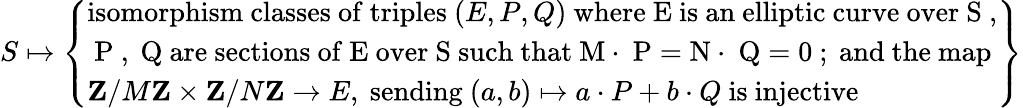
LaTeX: S\mapsto\left\{ \begin{array}{ll}{\mathrm{isomorphism~classes~of~triples~}(E,P,Q)\mathrm{~where~E~is~an~elliptic~curve~over~S~,}}\\ {\mathrm{~P~,~Q~are~sections~of~E~over~S~such~that~M\cdot~P=N\cdot~Q=0~;~and~the~map}}\\ {\mathbf{Z}/M\mathbf{Z}\times\mathbf{Z}/N\mathbf{Z}\rightarrow E,\mathrm{~sending~}(a,b)\mapsto a\cdot P+b\cdot Q\mathrm{~is~injective}}\end{array}\right\}